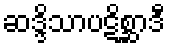
ဆဒ္ဒိသာပဋိစ္ဆာဒီ